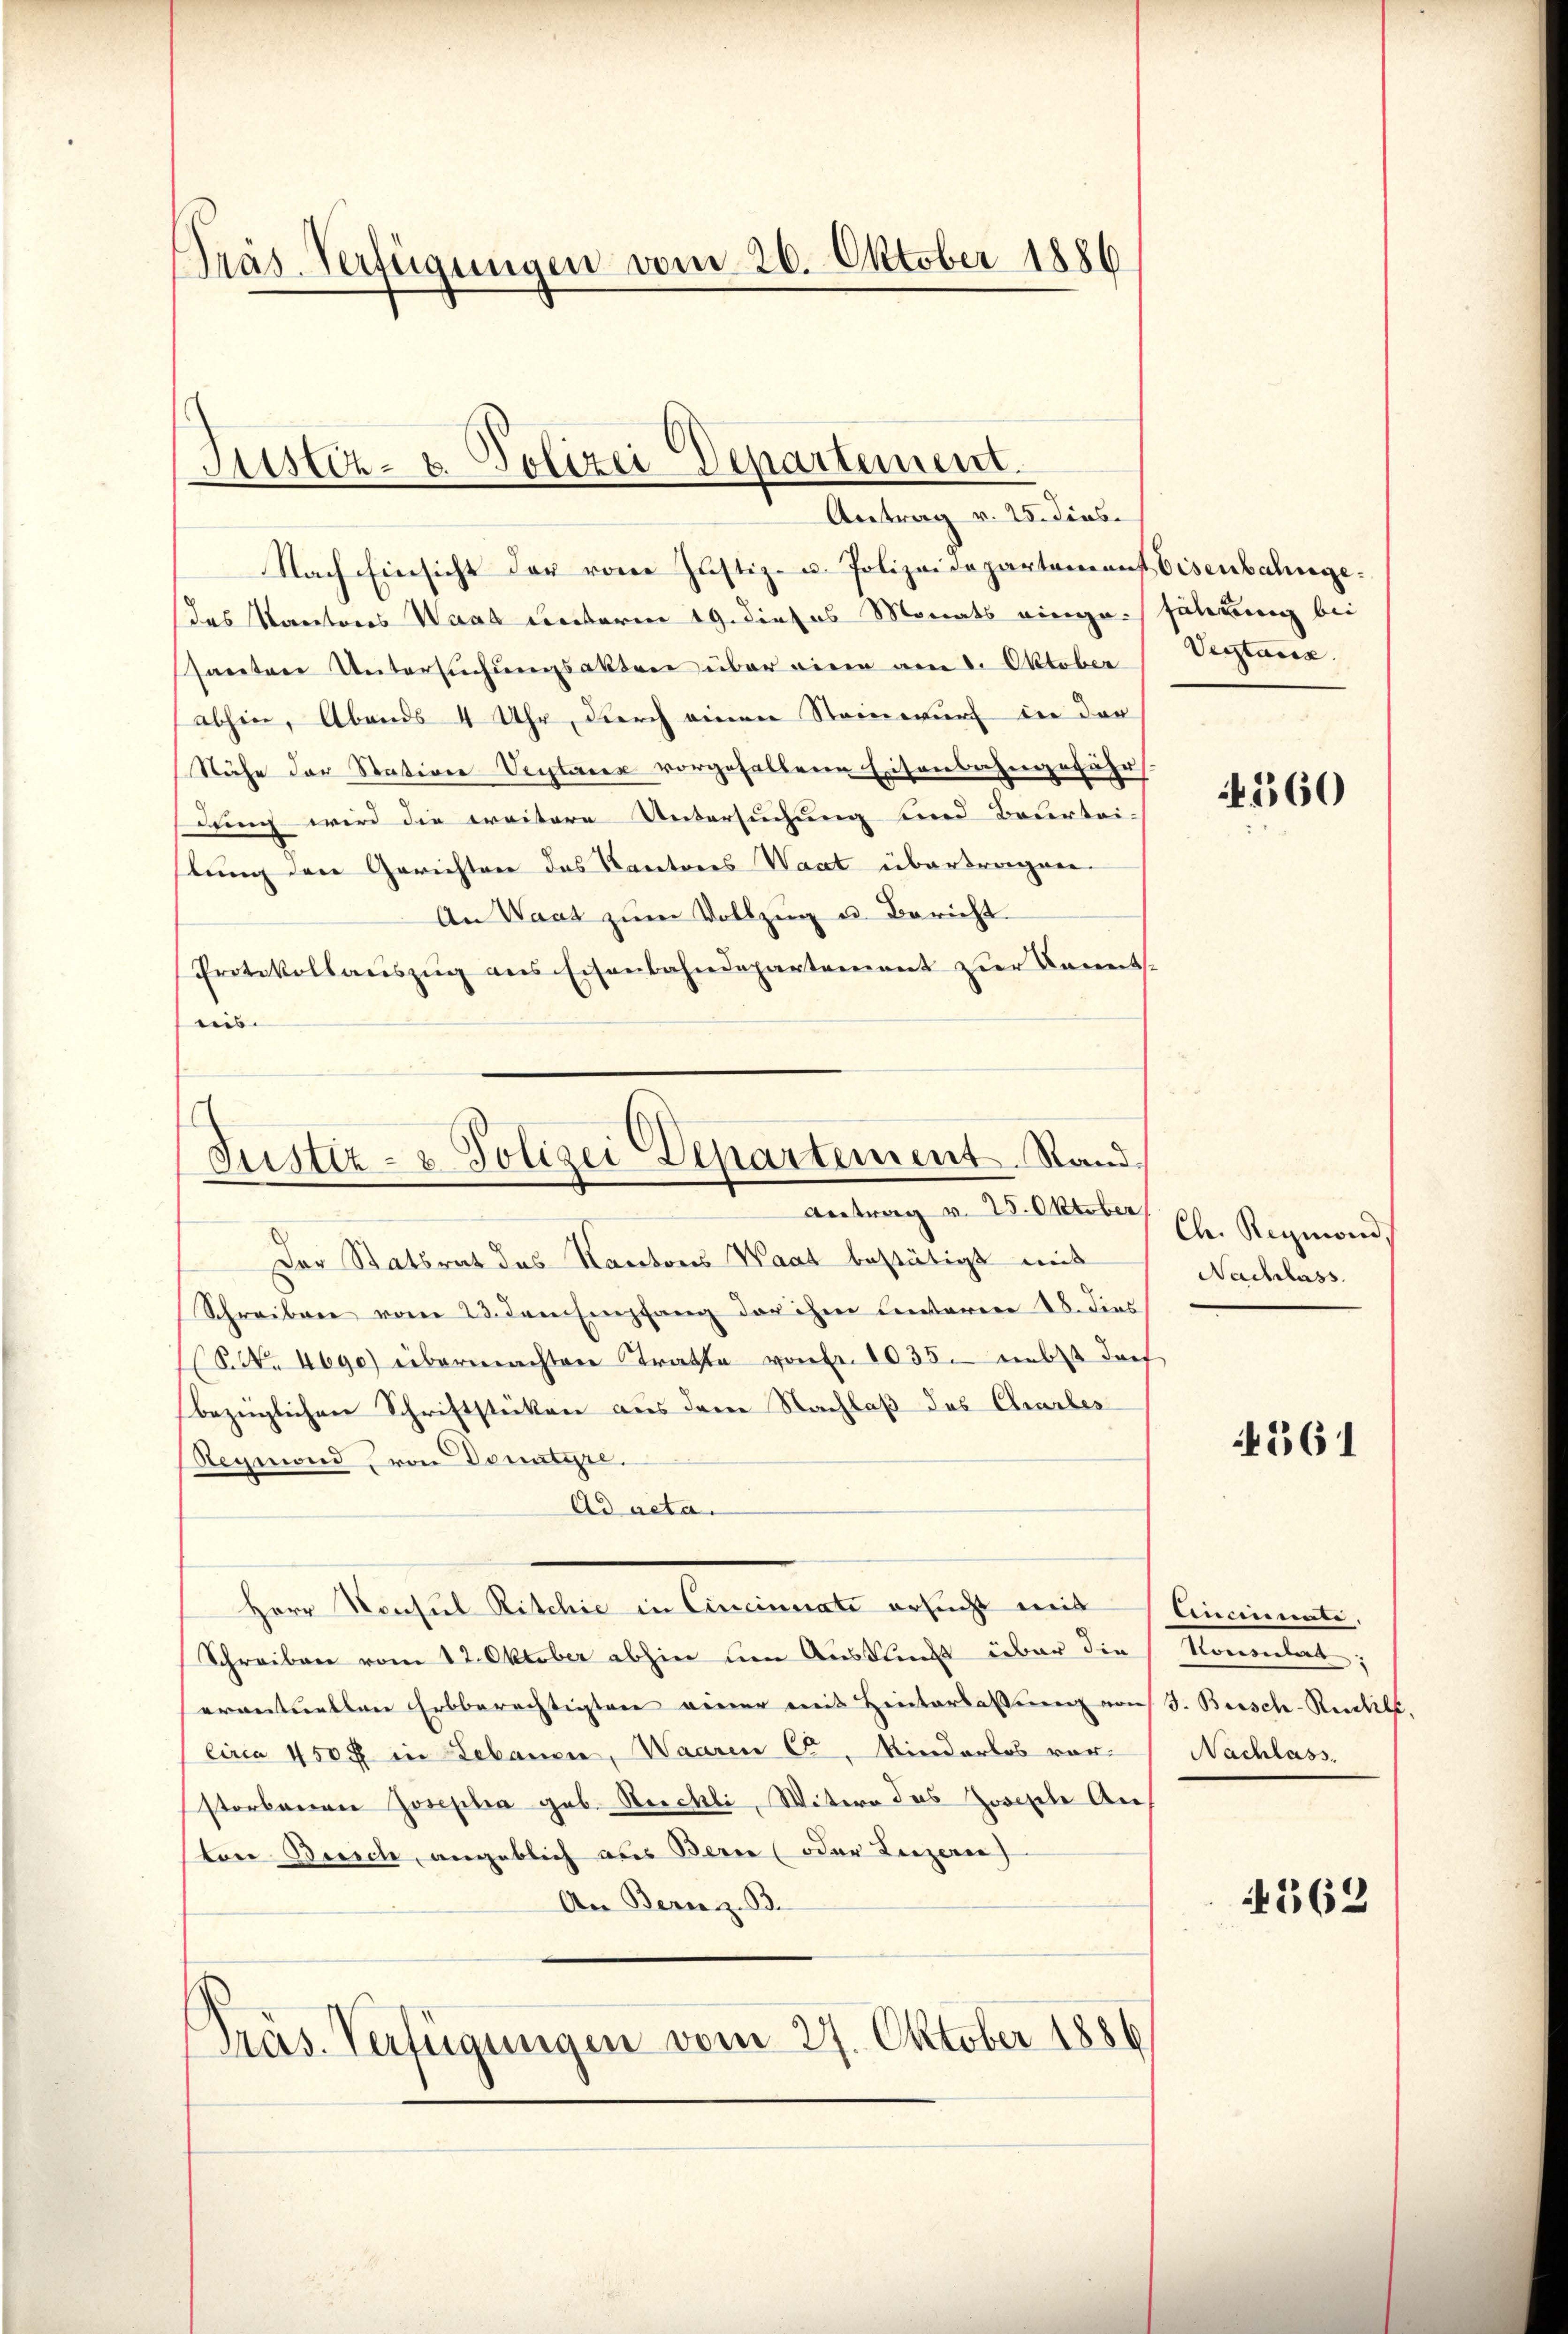
Präs. Verfügungen vom 26. Oktober 1886

Justiz- & Polizei Departement.
Antrag v. 25. dies

Justiz- & Polizei Departement. Stand.
Antrag v. 25. Oktober
Der Statsrat des Kantons Waat bestätigt mit

Nach Einsicht der von Justiz- u. Polizeidepartement Eisenbahngedas Kantons Waad weiterm 19. dieses Monats eingesanten Untersuchungsakten über vier am 8. Oktober
abhin, Abends 4 Uhr, durch einen Steinwurf in der
Nähe der Station Vertarer vorgefallene Eisenbahngefähr
dung wird die weitere Untersuchung und Beurtei-
lung den Gerichten des Kantones Waat übertragen.
An Waat zum Vollzug u. Bericht
Protokollauszug aus Eisenbahndepartement zur Kenntuis

Schreiben vom 23. dem Empfang der ihm Leiterere 28. dies
(S.Nr. 4690) übermachten Tratte von Fr. 1035. unbes doch
bezüglichen Schriftstücken aus dem Nachlaß des Chrarbes
Regmond von Donature.
Ad acta.
Herr Honsul Ritchie in Cincinnate ersucht mit Cincinate,
Schreiben vom 12. Oktober abhin den Ausflucht über die Komentat;
erantuellen Erbberechtigten einer mit Hinterlassung von J. Beisch-Reichelt.
Circa 450 fl in Lebauen, Waaren C. Kinderlos vor. Nachlass.
storbenen Josepha geb. Reichli, Witere das Zwische Antore Busch, angeblich aus Bern (oder Liezeren
An Berez. 13.

Präs. Verfügungen vom 27. Oktober 1856

sährung bei
Verstanz.

560

Ch. Reymond
Nachlass

561

4562